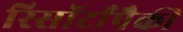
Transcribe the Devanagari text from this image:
रिसॉर्टांपैकी